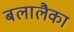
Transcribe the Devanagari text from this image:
बलालैका